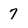
Character: 7